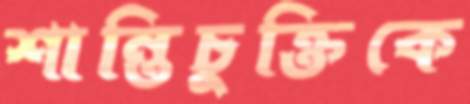
শান্তিচুক্তিকে